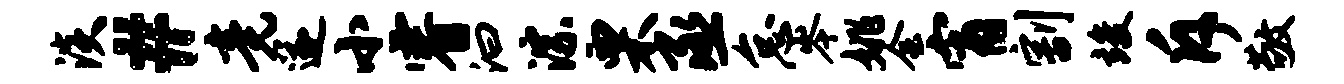
淡#竟遂小睿汩淙栗丞怠岑姚会宵割竣斥敬